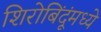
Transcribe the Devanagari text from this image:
शिरोबिंदूंमध्ये